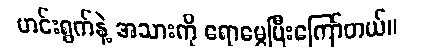
ဟင်းရွက်နဲ့ အသားကို ရောမွှေပြီးကြော်တယ်။